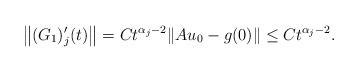
LaTeX: \begin{align*} \left\|(G_1)_j'(t)\right\| = C t^{\alpha_j-2} \|Au_0 - g(0)\| \leq Ct^{\alpha_j-2}. \end{align*}